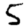
Digit: 5